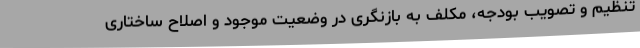
تنظیم و تصویب بودجه، مکلف به بازنگری در وضعیت موجود و اصلاح ساختاری